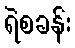
ရဲစခန်း